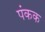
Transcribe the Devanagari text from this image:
पंकक